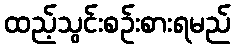
ထည့်သွင်းစဉ်းစားရမည်